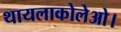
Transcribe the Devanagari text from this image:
थायलाकोलेओ।